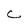
Character: C